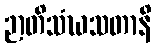
ဉာတိသံဃသတာနိ